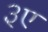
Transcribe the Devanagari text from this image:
३ए